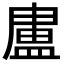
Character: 𭾊